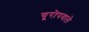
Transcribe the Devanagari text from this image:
यूरोपवाले